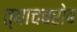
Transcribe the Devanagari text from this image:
त्याचबरोब